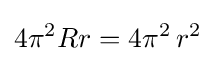
4\pi ^{2}Rr=4\pi ^{2}\,r^{2}